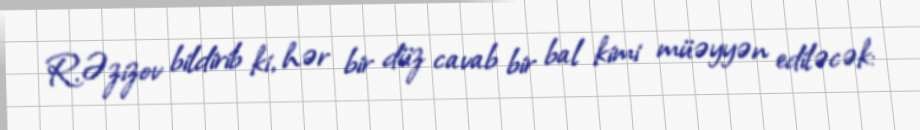
R.Əzizov bildirib ki, hər bir düz cavab bir bal kimi müəyyən ediləcək: